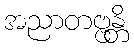
အညာတဗ္ဗန္တိ